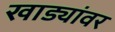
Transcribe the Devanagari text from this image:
खाड्यांवर